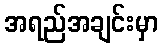
အရည်အချင်းမှာ